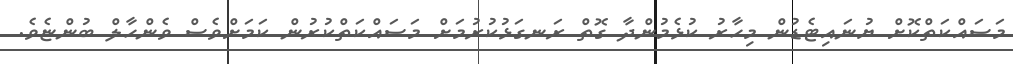
މަސައްކަތްކޮށް ޔުނައިޓެޑުން މިހާރު ކުޅެމުންދާ ގޮތް ރަނގަޅުކުރުމަށް މަސައްކަތްކުރުން ކަމަށްވެސް ވެންހާލް ބުންޏެވެ.